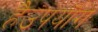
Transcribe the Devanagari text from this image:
हैउपयॊग